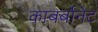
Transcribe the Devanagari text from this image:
काबर्बोनेट